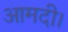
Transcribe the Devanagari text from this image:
आमदी।